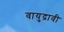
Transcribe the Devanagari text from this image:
वायुद्रावी